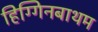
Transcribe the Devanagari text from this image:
हिग्गिनबाथम